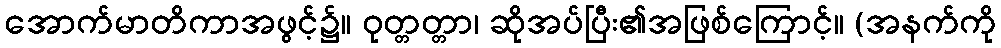
အောက်မာတိကာအဖွင့်၌။ ဝုတ္တတ္တာ၊ ဆိုအပ်ပြီး၏အဖြစ်ကြောင့်။ (အနက်ကို